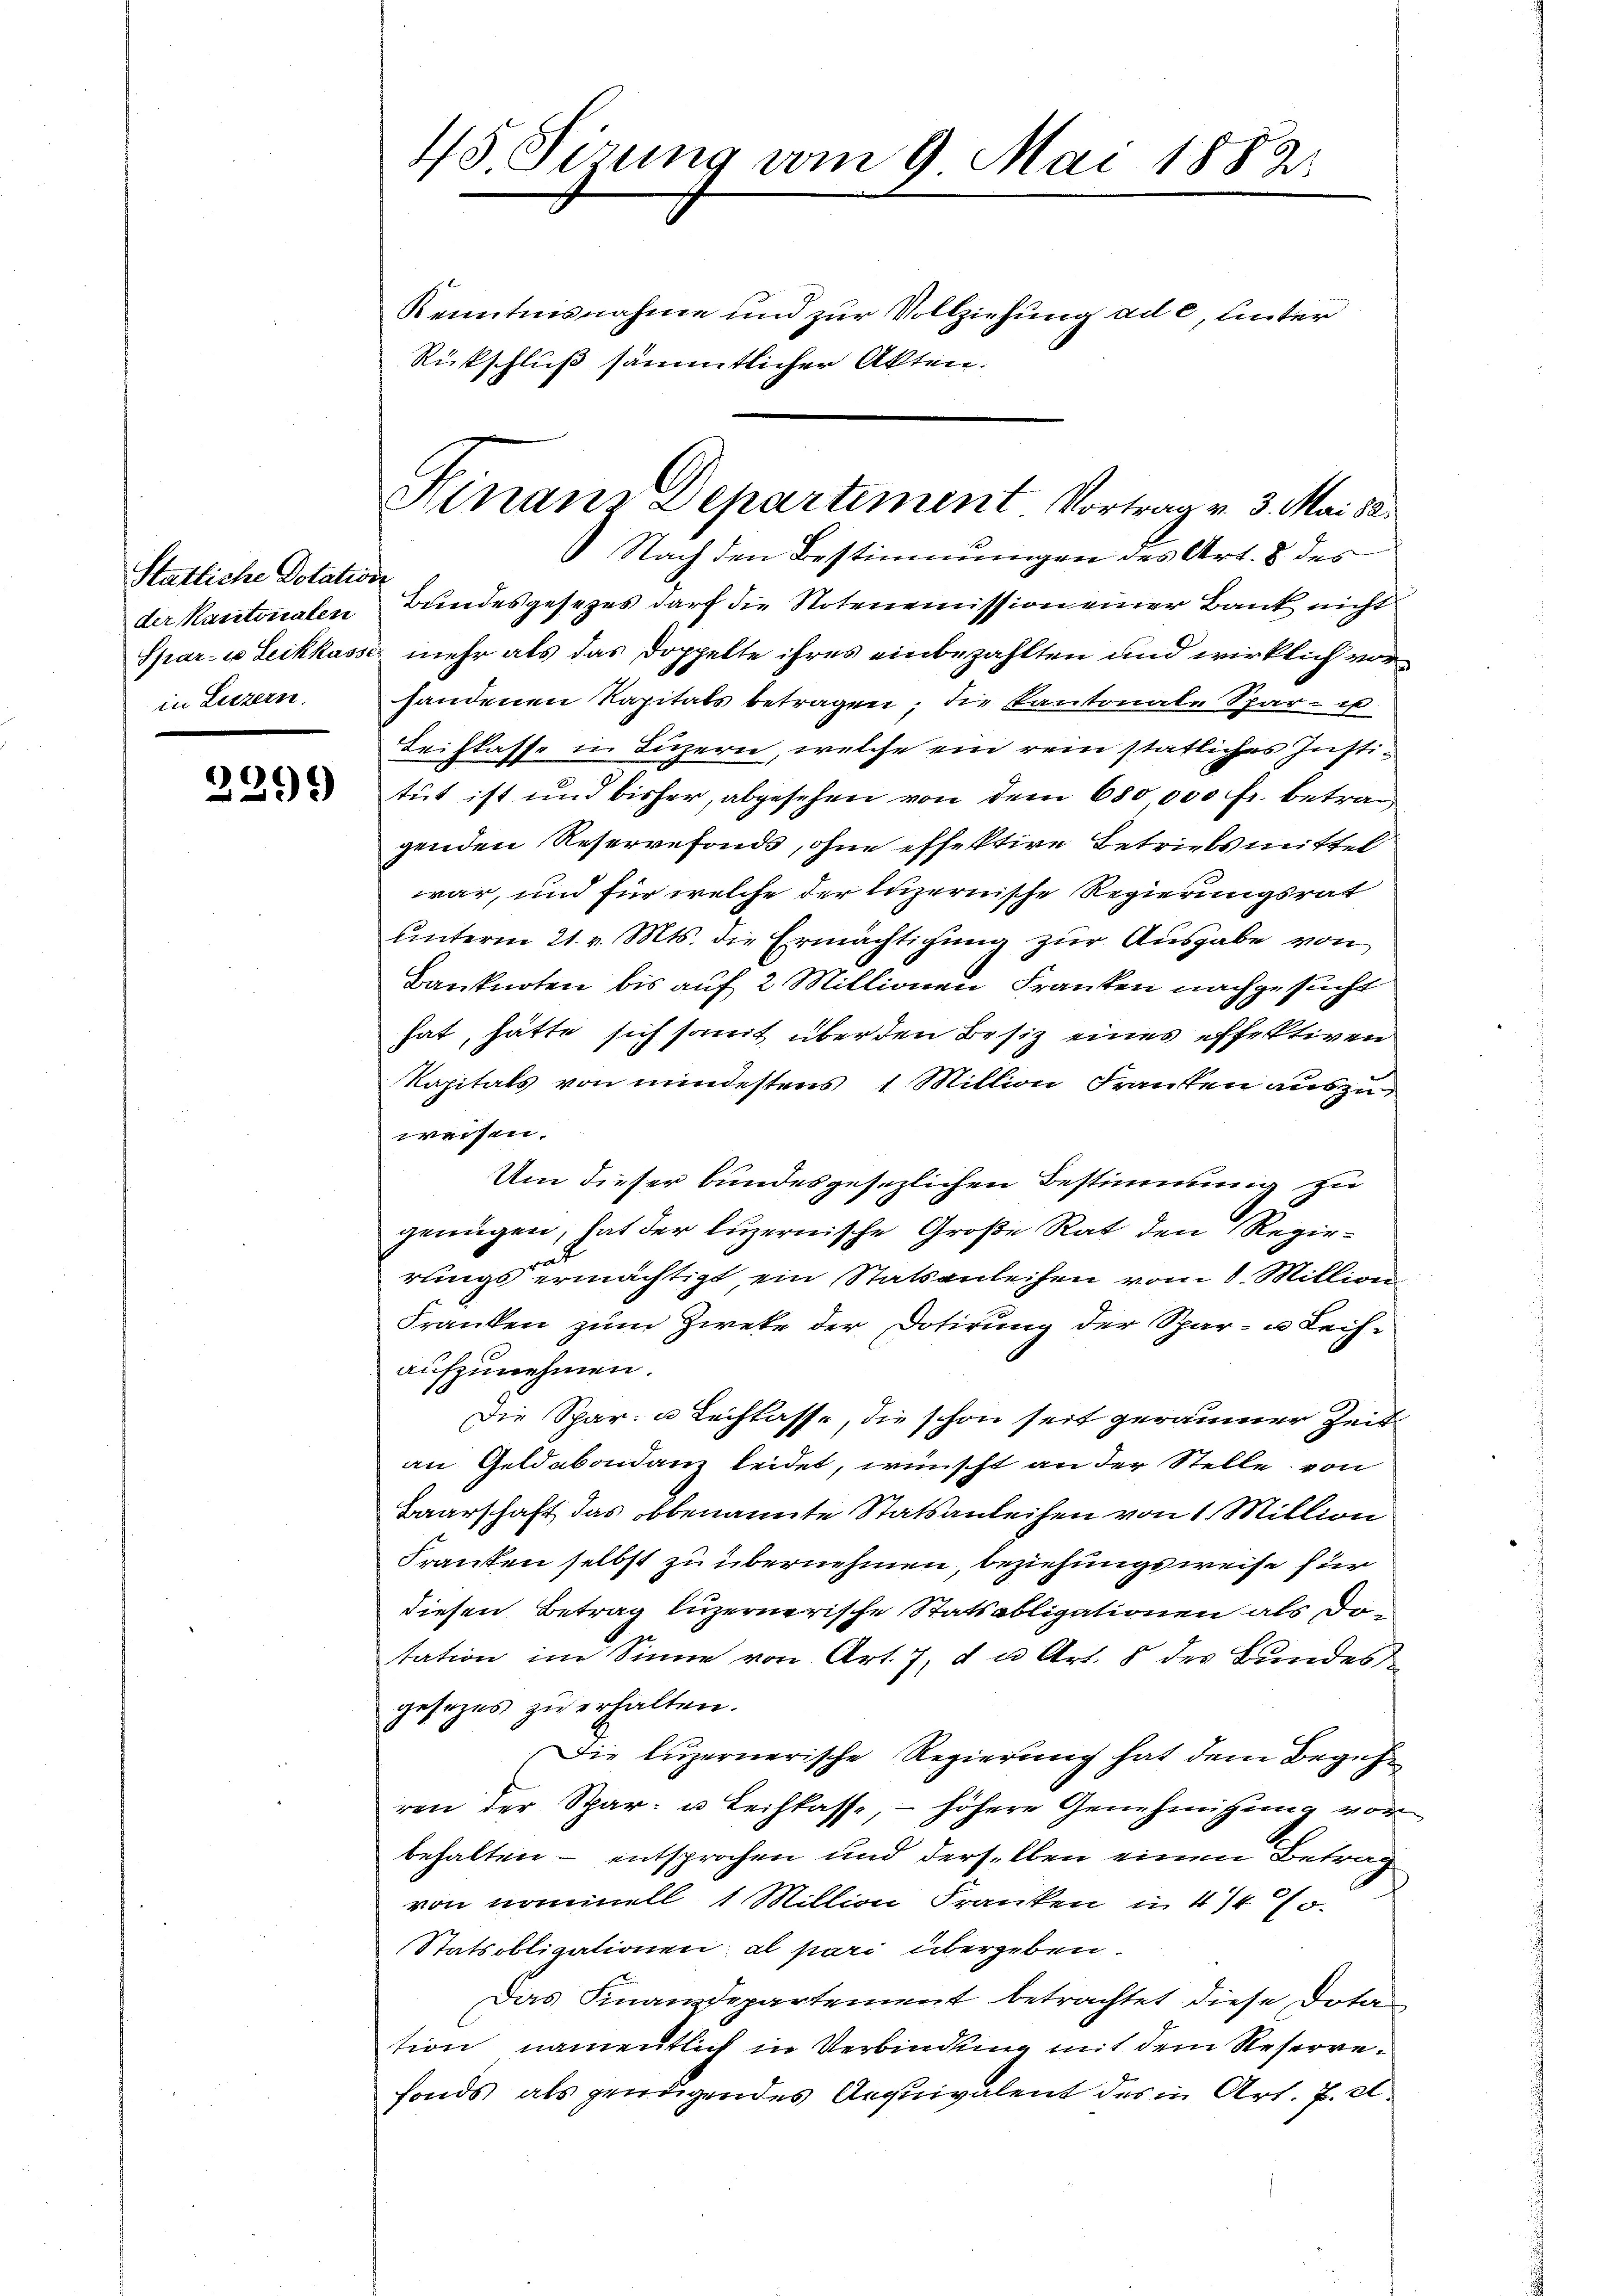
Stätliche Dotation

2399)

45 Sirung vom 9. Mai 1882

Kenntnisnahme und zur Vollziehung ad c, unter
Rückschluß sämmtlicher Akten.

Hinaus Departement Vortrag v. 3. Mai 18

Nach den Bestimmungen des Art. 8 des
der Kantonalen Bundesgesezes darf die Notenemission einer Bank nicht
Spar- u Leihkasser mehr als das Doppelte ihres einbezahlten und wirklich vorin Luzern. Handenen Kapitals betragen; die Kantonale Spar- u
Leihkasse in Luzern, welche ein rein statliches Justitut ist und bisher, abgesehen von dem 680,000 fr. betragenden Reservefonds, ohne effektive Betriebsmittel
war, und für welche der luzernische Regierungsrat
unterm 21. v. Mts. die Ermächtigung zur Ausgabe von
Banknoten bis auf 2 Millionen Franken nachgesucht
hat, hätte sich somit über den Besiz eines effektiven
Kapitals von mindestens 1 Million Franken auszuweisen.
Um dieser bundesgesezlichen Bestimmung zu
genügen, hat der luzernische Große Rat den Regierungs ermächtigt, ein Statsanleihen vom 8. Milligen
Franken zum Zweke der Dotirung der Spar- u Leihaufzunehmen.
Die Spar- u Lechlasse, die schon seit geräumer Zeit
an Geldabondanz leidet, wünscht an der Stelle, von
Baarschaft das obbenannte Statsanleihen von 1 Million
Franken selbst zu übernehmen, beziehungsweise für
diesen Betrag luzernerische Statsobligationen als Dotation im Sinne von Art. 7, d u. Art. 8 der Bundes
gesezes zu erhalten.
Die luzernerische Regierung hat dem Begehr
ren der Spar- u Leihkasse, - höhere Genehmigung vor
behalten - entsprochen und derselben einen Betrag
von nominell 1 Million Franken u. 4470.
Statsobligationen, al pari übergeben.
Das Finanzdepartement betrachtet diese Dota
tion namentlich in Verbindung mit dem Reserrefonds als gendigendes Aequivalent des in Art. 7. et.